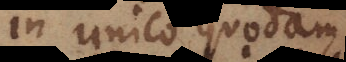
in unico quodam